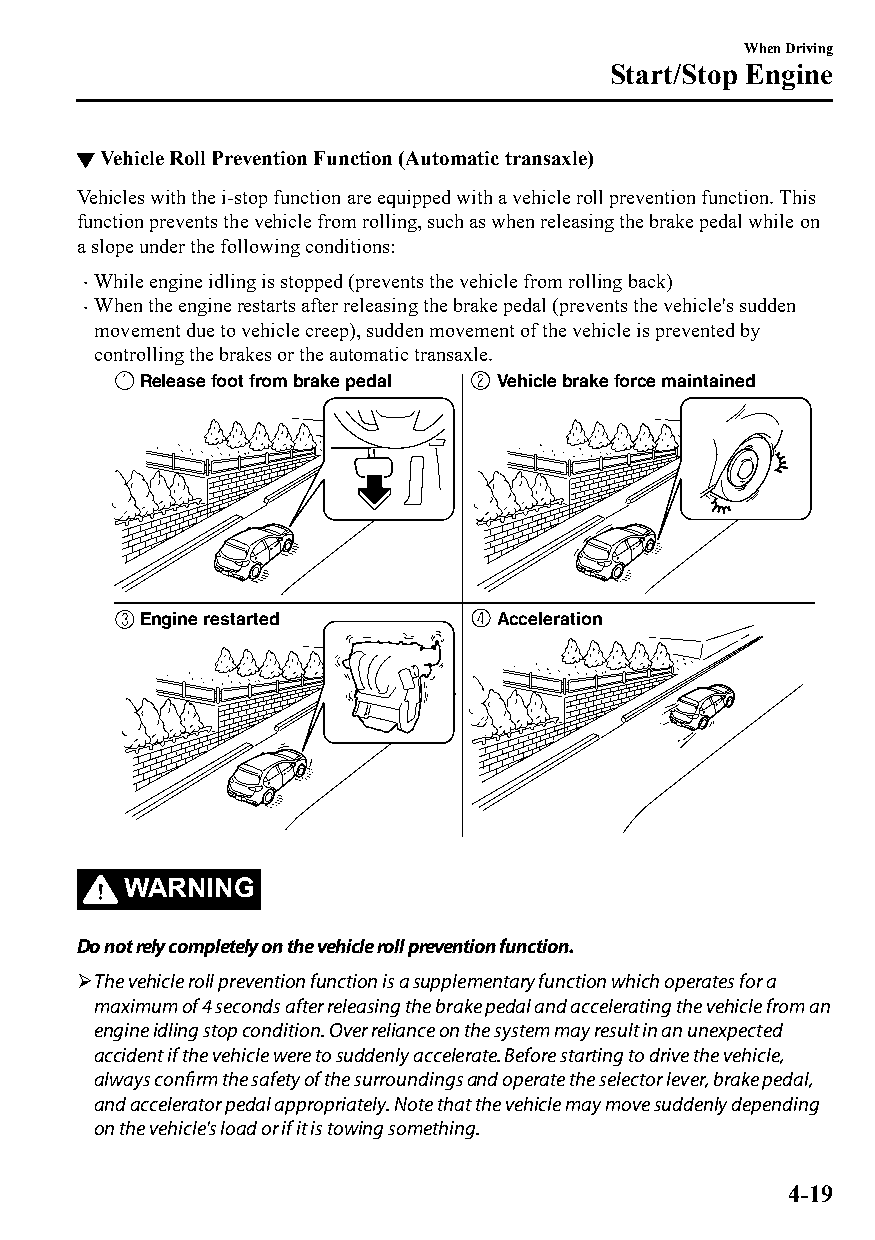
When Driving
 Start/Stop Engine
 ▼Vehicle Roll Prevention Function (Automatic transaxle)
 Vehicles with the i-stop function are equipped with a vehicle roll prevention function. This
 function prevents the vehicle from rolling, such as when releasing the brake pedal while on
 a slope under the following conditions:
 While engine idling is stopped (prevents the vehicle from rolling back)
 
 When the engine restarts after releasing the brake pedal (prevents the vehicle's sudden
 
 movement due to vehicle creep), sudden movement of the vehicle is prevented by
 controlling the brakes or the automatic transaxle.
 Release foot from brake pedal Vehicle brake force maintained
 Engine restarted        Acceleration
 WARNING
 Do not rely completely on the vehicle roll prevention function.
 The vehicle roll prevention function is a supplementary function which operates for a
 maximum of 4 seconds after releasing the brake pedal and accelerating the vehicle from an
 engine idling stop condition. Over reliance on the system may result in an unexpected
 accident if the vehicle were to suddenly accelerate. Before starting to drive the vehicle,
 always confirm the safety of the surroundings and operate the selector lever, brake pedal,
 and accelerator pedal appropriately. Note that the vehicle may move suddenly depending
 on the vehicle's load or if it is towing something.
 4-19
 CX-3_8GT4-EE-18D_Edition4                  2018-9-6 18:32:19